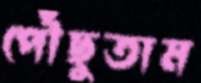
পৌঁছুতাম